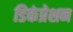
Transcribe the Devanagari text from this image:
डिकंप्रेशन